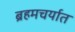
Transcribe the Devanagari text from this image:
ब्रहमचर्यात